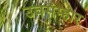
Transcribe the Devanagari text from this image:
उवसंम्हार